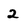
Character: 2